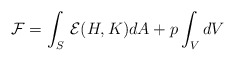
\begin{align*}{\cal F}=\int_{S}\, {\cal E}(H,K) dA+p \int_{V} dV\end{align*}